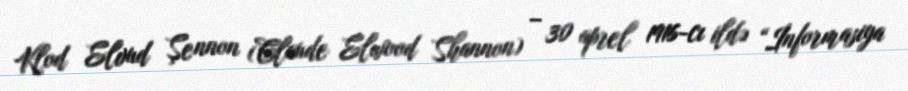
Klod Elvud Şennon (Claude Elwood Shannon) – 30 aprel 1916-cı ildə “İnformasiya